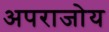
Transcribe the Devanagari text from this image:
अपराजोय